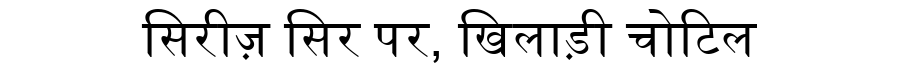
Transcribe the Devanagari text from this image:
सिरीज़ सिर पर, खिलाड़ी चोटिल